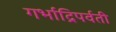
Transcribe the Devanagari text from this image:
गर्भाद्रिपर्वती